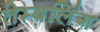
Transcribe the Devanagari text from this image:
तेम्बलिंग